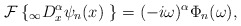
\begin{align*}\mathcal{F}\left\{ _{\infty}D_{x}^{\alpha}\psi_{n}(x)\ \right\}=(-i\omega)^{\alpha}\Phi_{n}(\omega),\end{align*}